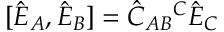
[ \hat { E } _ { A } , \hat { E } _ { B } ] = \hat { C } _ { A B } { } ^ { C } \hat { E } _ { C }